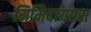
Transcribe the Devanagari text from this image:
मिमिवायरस